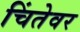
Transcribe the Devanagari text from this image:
चिंतेवर